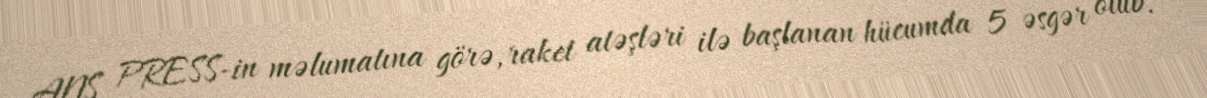
ANS PRESS-in məlumatına görə, raket atəşləri ilə başlanan hücumda 5 əsgər ölüb.